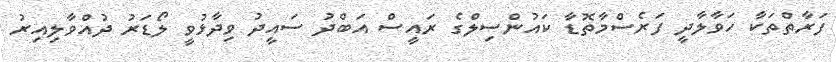
ފަރާތްތަކާ ހަވާލާދީ ފަރެސްމާތޮޑާ ކައުންސިލްގެ ރައީސް އަބްދު ސައީދު ވިދާޅުވީ ލޯޑަރު ދުއްވާލިއިރު